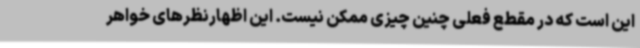
این است که در مقطع فعلی چنین چیزی ممکن نیست. این اظهارنظرهای خواهر